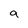
Character: a